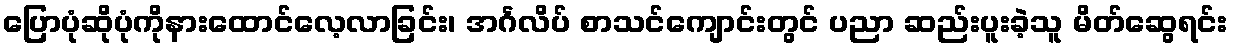
ပြောပုံဆိုပုံကိုနားထောင်လေ့လာခြင်း၊ အင်္ဂလိပ် စာသင်ကျောင်းတွင် ပညာ ဆည်းပူးခဲ့သူ မိတ်ဆွေရင်း